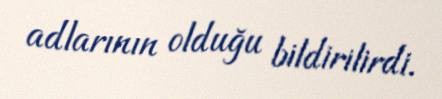
adlarının olduğu bildirilirdi.